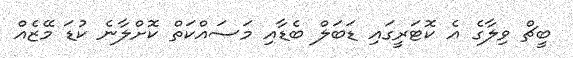
ބީޗް ވިލާގެ އެ ކޮޓަރީގައި ޑަބަލް ބެޑާއި މަސައްކަތް ކޮށްލާނެ ކުޑަ މޭޒެއް